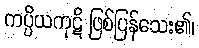
ကပ္ပိယကုဋိ ဖြစ်ပြန်သေး၏၊